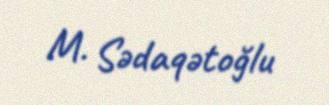
M. Sədaqətoğlu